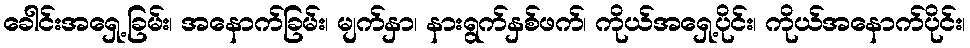
ခေါင်းအရှေ့ခြမ်း၊ အနောက်ခြမ်း၊ မျက်နှာ၊ နားရွက်နှစ်ဖက်၊ ကိုယ်အရှေ့ပိုင်း၊ ကိုယ်အနောက်ပိုင်း၊